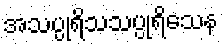
အသပ္ပုရိသသပ္ပုရိသေန